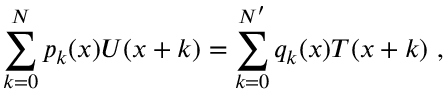
\sum _ { k = 0 } ^ { N } p _ { k } ( x ) U ( x + k ) = \sum _ { k = 0 } ^ { N ^ { \prime } } q _ { k } ( x ) T ( x + k ) \ ,